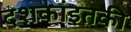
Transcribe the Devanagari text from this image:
दशकांइतकी